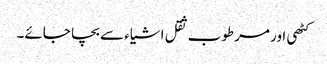
کٹھی اور مرطوب ثقل اشیاء سے بچا جائے۔